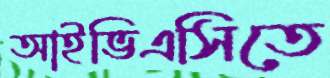
আইভিএসিতে